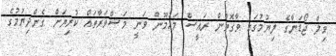
ވިލް ޖޯޑަންގެ ލިޔުމުގައި ވާގޮތުން ރައީސް މައުމޫން ވަނީ މަޝްވަރާތައް ކުރިޔަށް ގެންދިޔުމުގެ